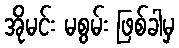
အိုမင်း မစွမ်း ဖြစ်ခါမှ